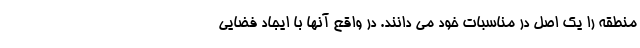
منطقه را یک اصل در مناسبات خود می دانند. در واقع آنها با ایجاد فضایی